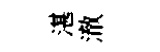
湛澈